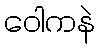
ဝေါကနဲ